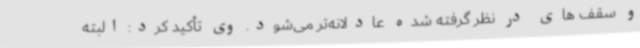
و سقف های در نظر گرفته شده عادلانه‌تر می‌شود. وی تأکید کرد: البته